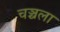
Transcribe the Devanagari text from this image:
चञ्चला